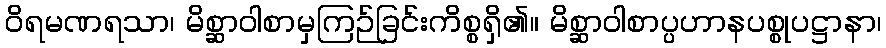
ဝိရမဏရသာ၊ မိစ္ဆာဝါစာမှကြဉ်ခြင်းကိစ္စရှိ၏။ မိစ္ဆာဝါစာပ္ပဟာနပစ္စုပဋ္ဌာနာ၊